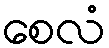
စေလံ